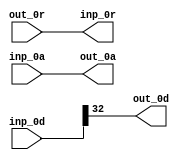
module BrzSlice_1_34_32 (
  out_0r, out_0a, out_0d,
  inp_0r, inp_0a, inp_0d
);
  input out_0r;
  output out_0a;
  output out_0d;
  output inp_0r;
  input inp_0a;
  input [33:0] inp_0d;
  assign inp_0r = out_0r;
  assign out_0a = inp_0a;
  assign out_0d = inp_0d[32];
endmodule